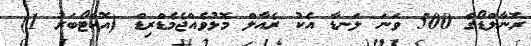
ރޮނާލްޑޯގެ 500 ވަނަ ލަނޑާ އެކު ރެއާލް މޮޅުވެއްޖެމެޑްރިޑް (އޮކްޓޯބަރު 1)